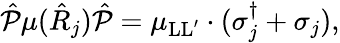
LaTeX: \hat{\mathcal P}\mu(\hat{R}_{j})\hat{\mathcal P}=\mu_{\mathrm{LL^{\prime}}}\cdot(\sigma_{j}^{\dagger}+\sigma_{j}),